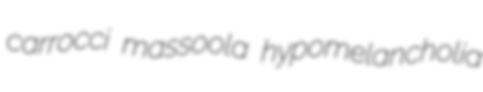
carrocci massoola hypomelancholia